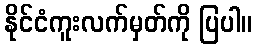
နိုင်ငံကူးလက်မှတ်ကို ပြပါ။